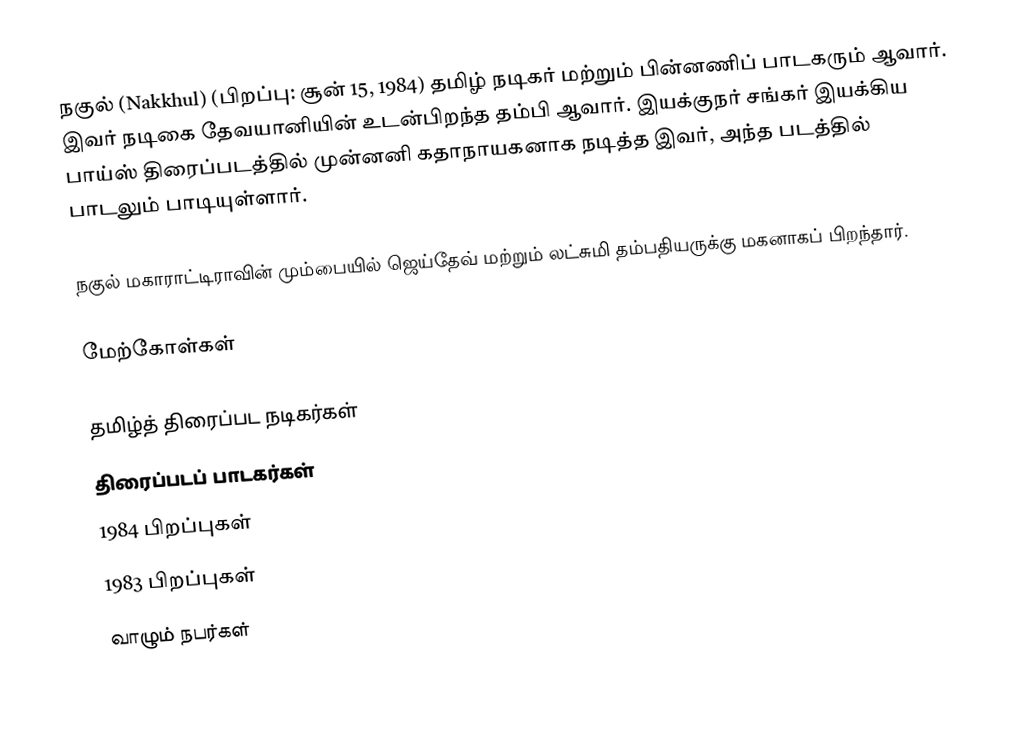
நகுல் (Nakkhul) (பிறப்பு: சூன் 15, 1984) தமிழ் நடிகர் மற்றும் பின்னணிப் பாடகரும் ஆவார். இவர் நடிகை தேவயானியின் உடன்பிறந்த தம்பி ஆவார். இயக்குநர் சங்கர் இயக்கிய பாய்ஸ் திரைப்படத்தில் முன்னனி கதாநாயகனாக நடித்த இவர், அந்த படத்தில் பாடலும் பாடியுள்ளார்.

நகுல் மகாராட்டிராவின் மும்பையில் ஜெய்தேவ் மற்றும் லட்சுமி தம்பதியருக்கு  மகனாகப் பிறந்தார்.

மேற்கோள்கள்

தமிழ்த் திரைப்பட நடிகர்கள்
திரைப்படப் பாடகர்கள்
1984 பிறப்புகள்
1983 பிறப்புகள்
வாழும் நபர்கள்